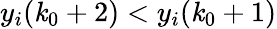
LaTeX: y_{i}(\mathit{k}_{0}+2)<y_{i}(\mathit{k}_{0}+1)